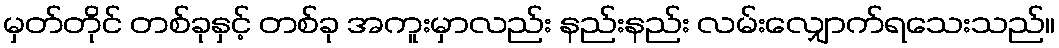
မှတ်တိုင် တစ်ခုနှင့် တစ်ခု အကူးမှာလည်း နည်းနည်း လမ်းလျှောက်ရသေးသည်။